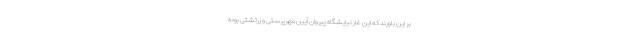
بر این باورند که این غار نیایشگاه پیروان آیین مهرپرستی و زرتشتی بوده